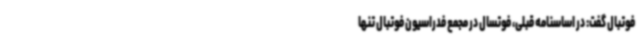
فوتبال گفت: در اساسنامه قبلی، فوتسال در مجمع فدراسیون فوتبال تنها